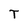
Character: T